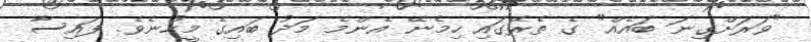
"ވަރަށްގިނަ ބައެއް" ގެ ތެރޭގައި ހިމެނޭ އެންމެ މަދު ބައިގެ މީހުނެވެ. ފައިސާ